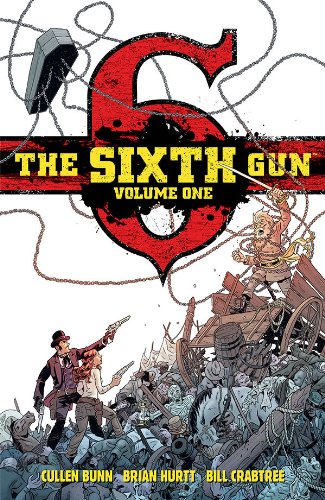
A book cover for The Sixth Gun Dlx Ed Volume 1 HC; Cullen Bunn; Comics & Graphic Novels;